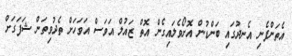
އެތަންފެނި އެނދުގައި ބަންޑުން އޮށޯވެލައިގެން އޮތް ޒައުލް އަވަސް އަވަހަށް ތެދުވިތަން ޝަފަގަށް